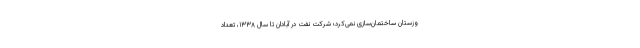
وزستان ساختمان‌سازی نمی‌کرد؛ شرکت نفت در آبادان تا سال ۱۳۳۸، تعداد